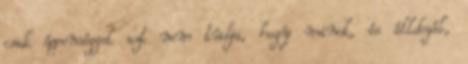
csak éppenséggel azt nem tudja, hogy minek, és álldogál,